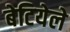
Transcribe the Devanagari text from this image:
बेटियेले